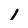
Character: 1